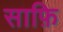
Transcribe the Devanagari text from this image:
साफ़ि